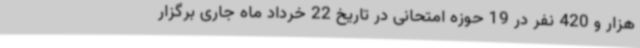
هزار و 420 نفر در 19 حوزه امتحانی در تاریخ 22 خرداد ماه جاری برگزار